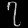
Digit: ၇